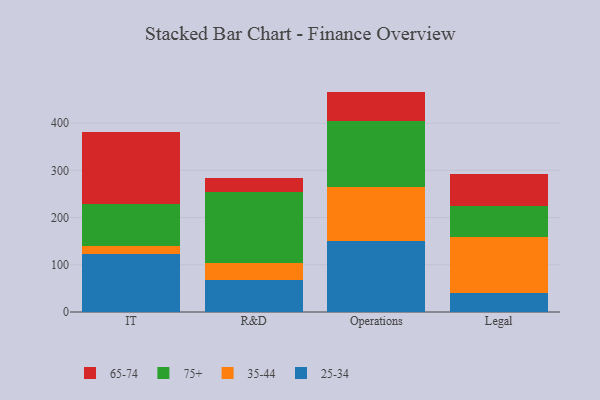
{"axis": {"x": "Department", "y": "Market Share (%)"}, "legend": ["25-34", "35-44", "65-74", "75+"], "data": [{"x": "IT", "y": 123.8, "type": "25-34"}, {"x": "IT", "y": 16.0, "type": "35-44"}, {"x": "IT", "y": 88.7, "type": "75+"}, {"x": "IT", "y": 153.6, "type": "65-74"}, {"x": "R&D", "y": 67.0, "type": "25-34"}, {"x": "R&D", "y": 35.9, "type": "35-44"}, {"x": "R&D", "y": 151.0, "type": "75+"}, {"x": "R&D", "y": 30.6, "type": "65-74"}, {"x": "Operations", "y": 150.0, "type": "25-34"}, {"x": "Operations", "y": 115.6, "type": "35-44"}, {"x": "Operations", "y": 138.8, "type": "75+"}, {"x": "Operations", "y": 62.3, "type": "65-74"}, {"x": "Legal", "y": 40.6, "type": "25-34"}, {"x": "Legal", "y": 117.9, "type": "35-44"}, {"x": "Legal", "y": 66.2, "type": "75+"}, {"x": "Legal", "y": 68.2, "type": "65-74"}]}